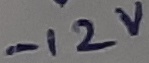
Text: -12V